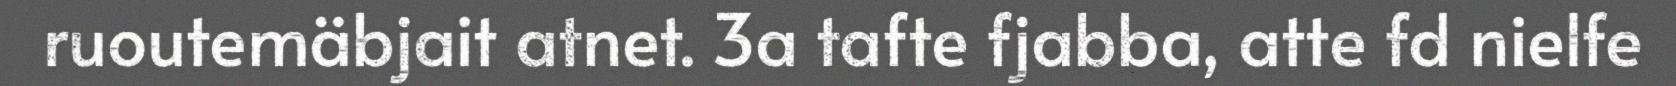
ruoutemäbjait atnet. 3a tafte fjabba, atte fd nielfe